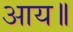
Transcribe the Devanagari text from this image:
आय॥